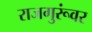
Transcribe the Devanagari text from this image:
राजगुरूंवर